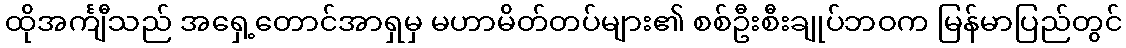
ထိုအင်္ကျီသည် အရှေ့တောင်အာရှမှ မဟာမိတ်တပ်များ၏ စစ်ဦးစီးချုပ်ဘဝက မြန်မာပြည်တွင်